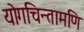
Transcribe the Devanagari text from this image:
योगचिन्तामणि